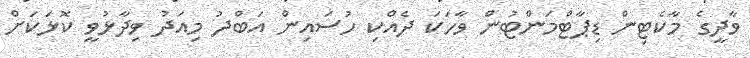
ވާދީގެ މާކެޓިން ޑިޕާޓްމަންޓުން ވާހަކަ ދެއްކި ހުސައިން އަބްދު މިއަދު ވިދާޅުވީ ކޮޅަކަށް